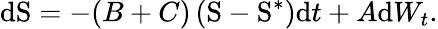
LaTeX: \mathrm{d}\mathrm{S}=-(B+C)\left(\mathrm{S}-\mathrm{S}^{\ast}\right)\mathrm{d}t+A\mathrm{d}W_{t}.